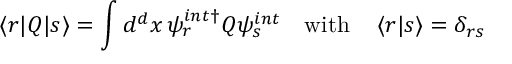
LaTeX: \left\langle r | Q | s \right\rangle = \int d ^ { d } x \, \psi _ { r } ^ { i n t \dagger } Q \psi _ { s } ^ { i n t } \quad \mathrm { w i t h } \quad \left\langle r | s \right\rangle = \delta _ { r s }